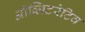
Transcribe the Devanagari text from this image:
ऑब्लिटरेटिव